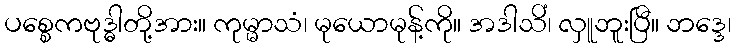
ပစ္စေကဗုဒ္ဓါတို့အား။ ကုမ္မာသံ၊ မုယောမုန့်ကို။ အဒါသိံ၊ လှူဘူးပြီ။ ဘဒ္ဒေ၊